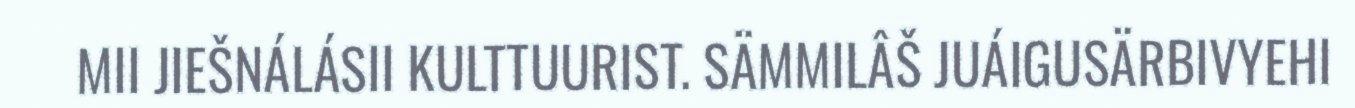
MII JIEŠNÁLÁSII KULTTUURIST. SÄMMILÂŠ JUÁIGUSÄRBIVYEHI